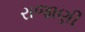
રાજાણી